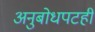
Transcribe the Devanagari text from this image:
अनुबोधपटही